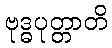
ဗုဒ္ဓပုတ္တာတိ